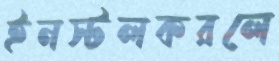
ইনস্টলকরলে